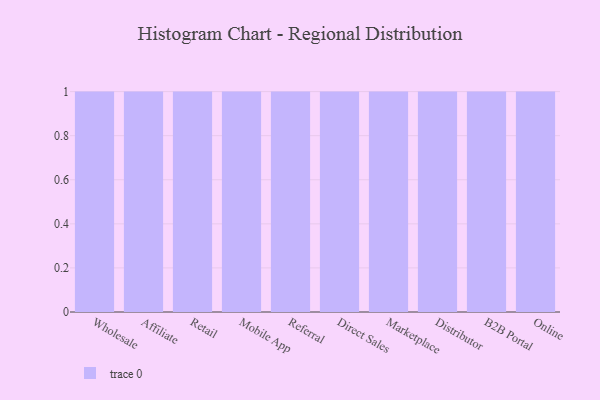
{"axis": {"x": "Channel", "y": "Latency (ms)"}, "legend": [""], "data": [{"x": "Wholesale", "y": 79, "type": ""}, {"x": "Affiliate", "y": 85, "type": ""}, {"x": "Retail", "y": 24, "type": ""}, {"x": "Mobile App", "y": 39, "type": ""}, {"x": "Referral", "y": 71, "type": ""}, {"x": "Direct Sales", "y": 31, "type": ""}, {"x": "Marketplace", "y": 1, "type": ""}, {"x": "Distributor", "y": 6, "type": ""}, {"x": "B2B Portal", "y": 24, "type": ""}, {"x": "Online", "y": 1, "type": ""}]}